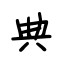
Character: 典